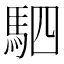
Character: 駟